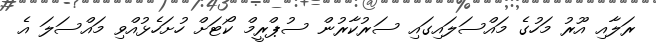
ރަލާއި އޫރު މަހުގެ މައްސަލައިގައި ސަރުކާރުން ސުޕްރީމް ކޯޓަށް ހުށަހެޅުއްވި މައްސަލަ އެ